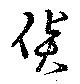
貨